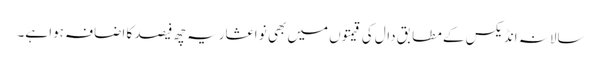
سالانہ انڈیکس کے مطابق دال کی قیمتوں میں بھی نو اعشاریہ چھ فیصد کا اضافہ ہوا ہے۔